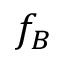
f _ { B }